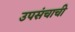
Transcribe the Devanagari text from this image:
उपसंचाची